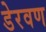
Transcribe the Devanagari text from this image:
डेरवण